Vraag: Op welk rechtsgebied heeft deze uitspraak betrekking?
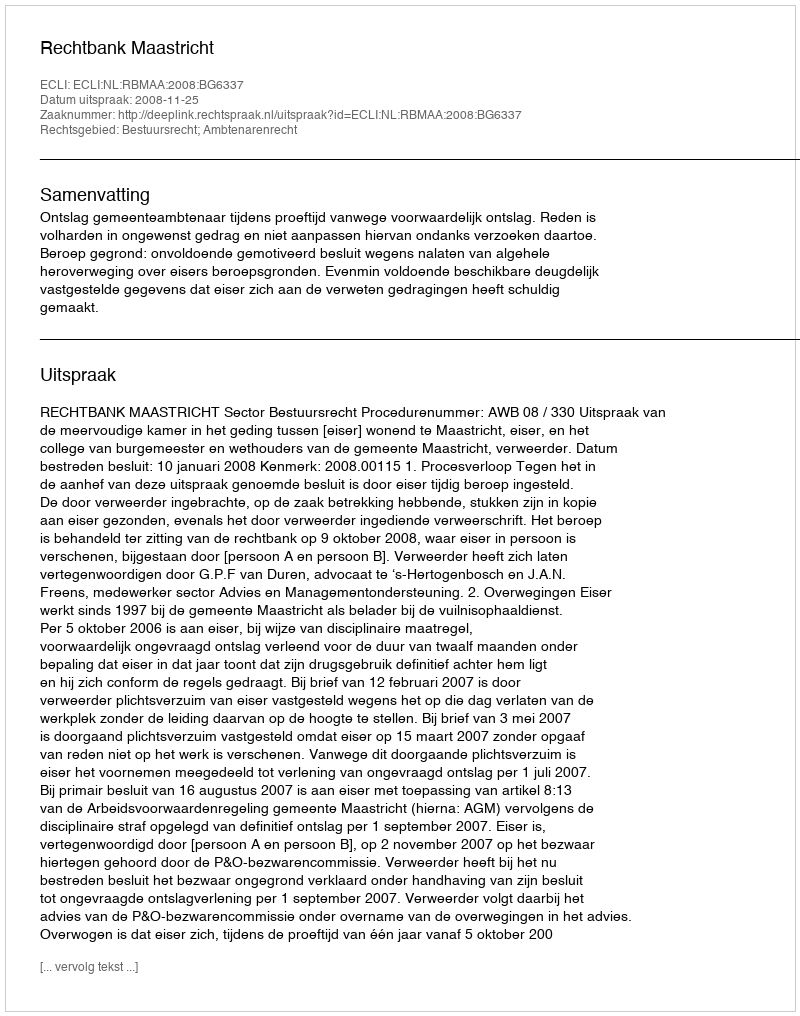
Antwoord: Bestuursrecht; Ambtenarenrecht